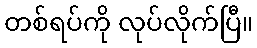
တစ်ရပ်ကို လုပ်လိုက်ပြီ။